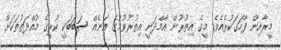
މީރާއިން ފާހަގަކުރެއެވެ. މީގެ އިތުރުން އާމްދަނީ އިތުރުވުމުގެ އަނެއް ސަބަބަކީ ކުރީގެ މުއްދަތުތަކަށް